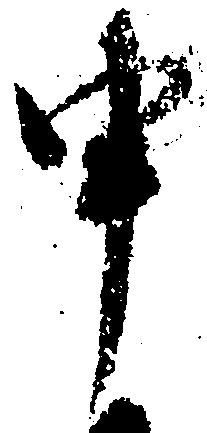
申